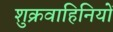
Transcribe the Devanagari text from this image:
शुक्रवाहिनियों